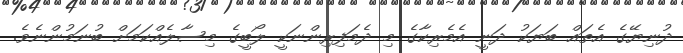
ދުނިޔޭގެ އެތައް ބަޔަކު ދަނީ އެމެރިކާގެ މި ދެމަފިރިންނަކީ ލޯބީގެ މިސާލެއްކަމަށް ބުނަމުންނެވެ.